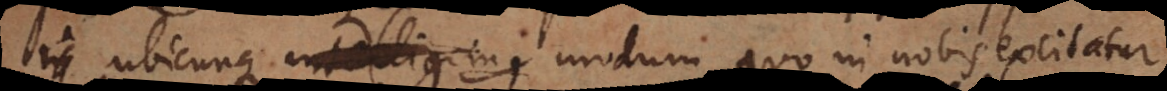
t ubicunque modum quo in nobis excitatur